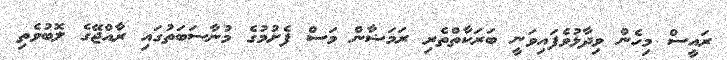
ރައީސް މިހެން ވިދާޅުވެފައިވަނީ ބަރަކާތްތެރި ރަމަޟާން މަސް ފެށުމުގެ މުނާސަބަތުގައި ރާއްޖޭގެ ލޮބުވެތި